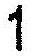
1